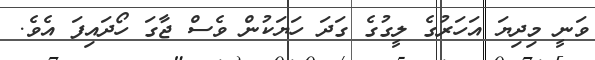
ވަނީ މިދިޔަ އަހަރުގެ ލީގުގެ ގަދަ ހަޔަކުން ވެސް ޖާގަ ހޯދައިފަ އެވެ.